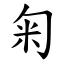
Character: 匊